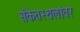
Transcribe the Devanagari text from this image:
संकेतस्थलांवर